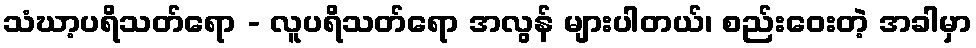
သံဃာ့ပရိသတ်ရော - လူပရိသတ်ရော အလွန် များပါတယ်၊ စည်းဝေးတဲ့ အခါမှာ